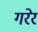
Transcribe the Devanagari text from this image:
गरेर